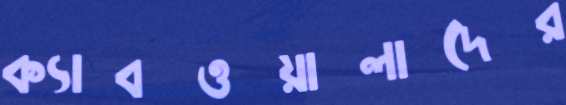
ক্যাবওয়ালাদের